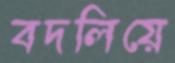
বদলিয়ে